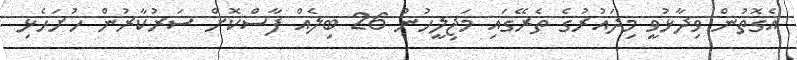
އެގޮތުން ވިދާޅުވީ މިދައުރުގެ ތެރޭގައި މަޖިލީހުން 26 ބިލެއް ފާސްކޮށް ސަރުކާރުން ހުށަހެޅި